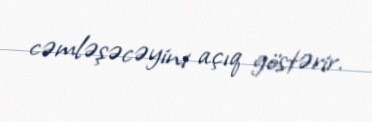
cəmləşəcəyini açıq göstərir.